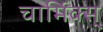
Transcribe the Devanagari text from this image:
चार्मिक्स्